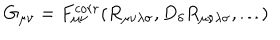
G _ { \mu \nu } = F _ { \mu \nu } ^ { c o r r } ( R _ { \mu \nu \lambda \sigma } , D _ { \delta } R _ { \mu \nu \lambda \sigma } , \dots )